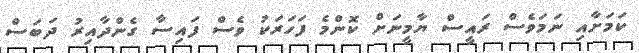
ކަމަށާއި ނަމަވެސް ރައީސް ޔާމީނަށް ކޮންމެ ފަހަރަކު ވެސް ފައިސާ ގެންދާއިރު ދަބަސް